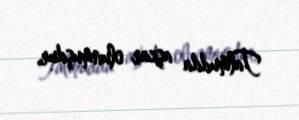
Talmudda aşkar olunmuşdur.